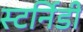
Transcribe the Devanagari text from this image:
स्टर्निडी